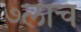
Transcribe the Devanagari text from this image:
७लाच